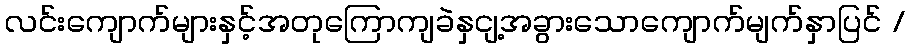
လင်းကျောက်များနှင့်အတုကြောကျခဲနှငျ့အခွားသောကျောက်မျက်နှာပြင် /